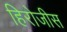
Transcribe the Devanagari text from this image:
हिरोजीस